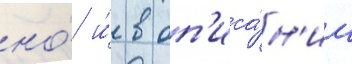
но́ и́ в оп'иса́н'ии